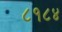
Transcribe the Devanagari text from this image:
८१८४